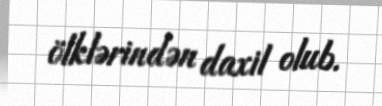
ölklərindən daxil olub.